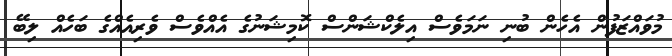
މުވައްޒަފުން އެހެން ބުނި ނަމަވެސް އިލެކްޝަންސް ކޮމިޝަނުގެ އެއްވެސް ވެރިއެއްގެ ބަހެއް ލިބޭ